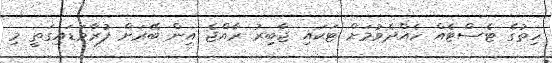
ހިތުގެ ޓެސްޓެއް ހެއްދެވުމަށް ޓަކައި ޖާބިރު ރާއްޖެ އިން ބޭރަށް ފުރާވަޑައިގަތީ މި